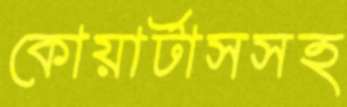
কোয়ার্টাসসহ